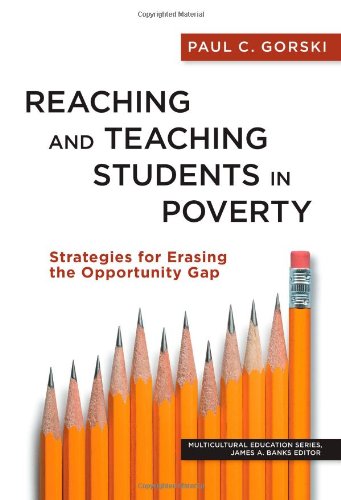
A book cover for Reaching and Teaching Students in Poverty: Strategies for Erasing the Opportunity Gap (Multicultural Education); Paul C. Gorski; Education & Teaching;